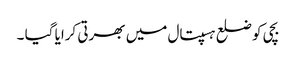
بچی کو ضلع ہسپتال میں بھرتی کرایا گیا ۔